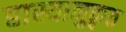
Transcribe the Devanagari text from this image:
हास्यानुकृत